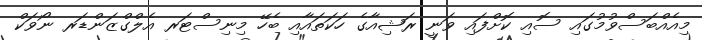
މިއެއްބަސްވުމުގައި ސޮއި ކޮށްފައި ވަނީ ރަޝިއާގެ ހަކަތައާއި ބެހޭ މިނިސްޓަރ އެލްގްޒަންޑަރ ނޯވަކް